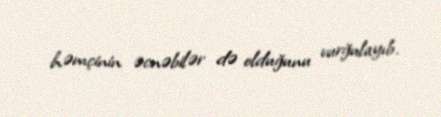
həmçinin əcnəbilər də olduğunu vurğulayıb.